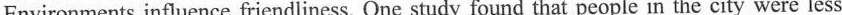
Environments influence friendliness. One study found that people in the city were less